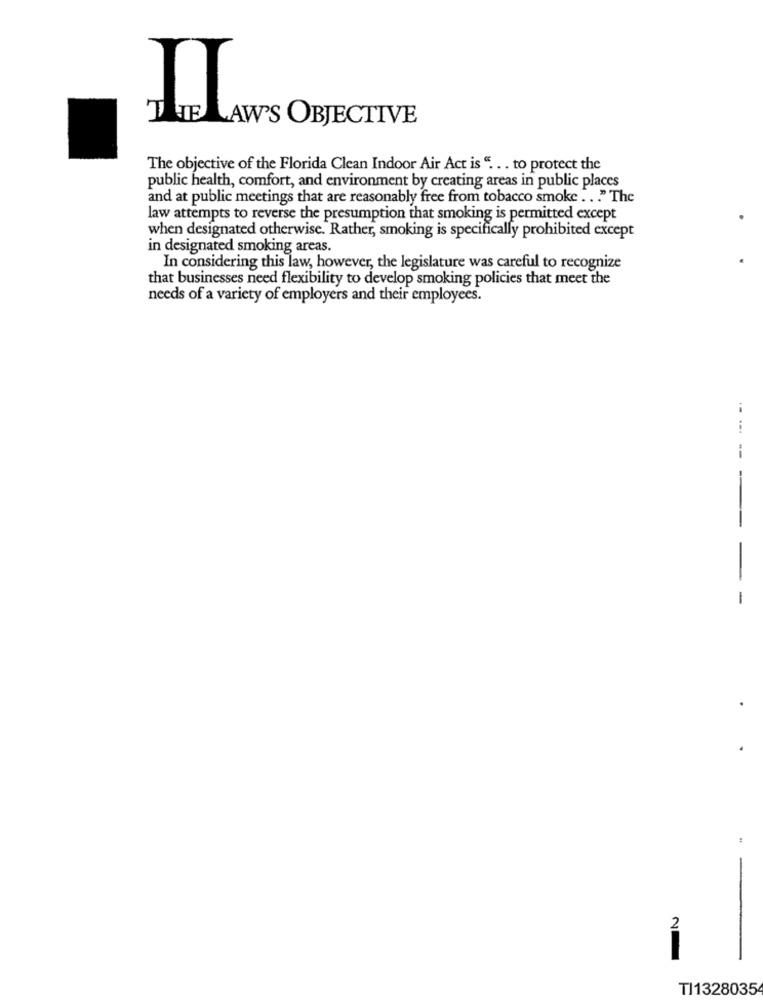
TATELAW'S OBJECTIVE
The objective of the Florida Clean Indoor Air Act is ". . . to protect the
public health, comfort, and environment by creating areas in public places
and at public meetings that are reasonably free from tobacco smoke . . . " The
law attempts to reverse the presumption that smoking is permitted except
when designated otherwise. Rather, smoking is specifically prohibited except
in designated smoking areas.
In considering this law, however, the legislature was careful to recognize
that businesses need flexibility to develop smoking policies that meet the
needs of a variety of employers and their employees.
--- ---
2
TI1328035